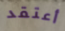
أعتقد